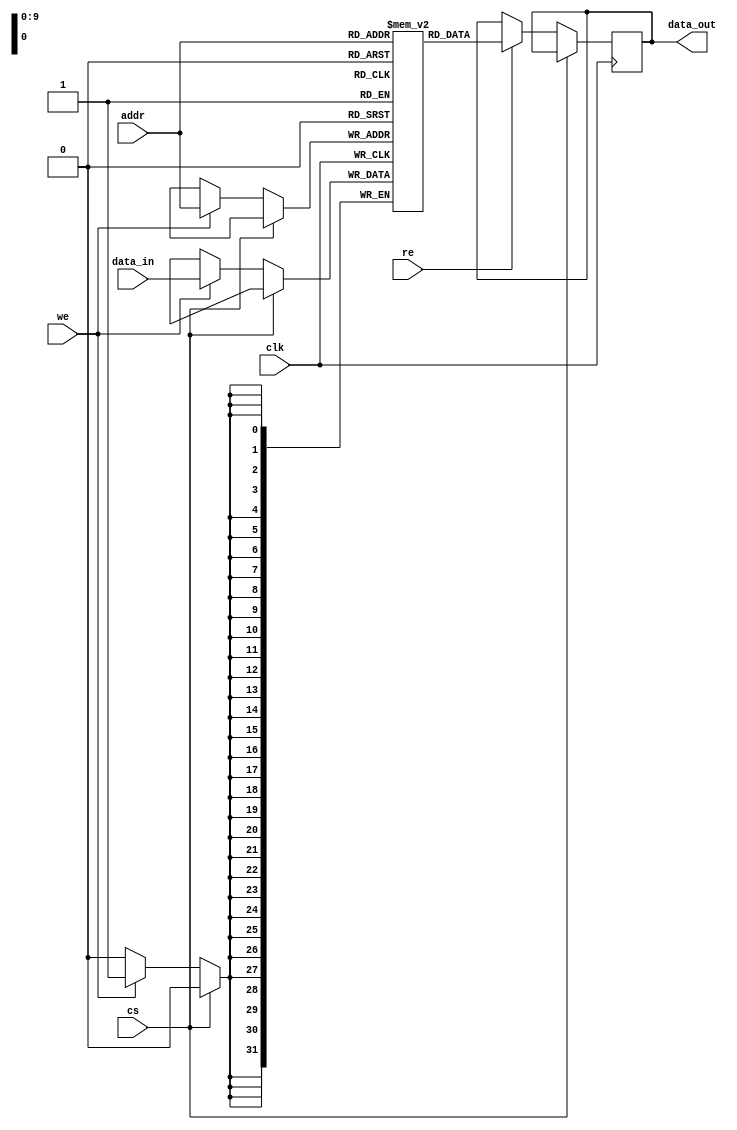
module CacheSRAM #(
    parameter DATA_WIDTH = 32, // Width of the data word
    parameter ADDR_WIDTH = 10   // Address width (for 1KB memory: 2^10 = 1024 words)
)(
    input wire clk,             // Clock signal
    input wire cs,              // Chip Select (active low)
    input wire we,              // Write Enable (active high)
    input wire re,              // Read Enable (active high)
    input wire [ADDR_WIDTH-1:0] addr, // Address input
    input wire [DATA_WIDTH-1:0] data_in, // Data input
    output reg [DATA_WIDTH-1:0] data_out  // Data output
);

    // Memory array declaration
    reg [DATA_WIDTH-1:0] memory [(2**ADDR_WIDTH)-1:0];

    // Memory operations
    always @(posedge clk) begin
        if (!cs) begin // Check if the chip is selected (active)
            // Write operation
            if (we) begin
                memory[addr] <= data_in; // Write data to the specified address
            end
            
            // Read operation
            if (re) begin
                data_out <= memory[addr]; // Read data from the specified address
            end
        end
    end

endmodule